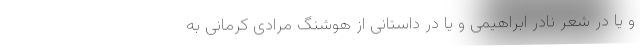
و یا در شعر نادر ابراهیمی و یا در داستانی از هوشنگ مرادی کرمانی به